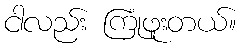
ငါလည်း ကြုံဖူးတယ်။